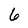
Character: 6